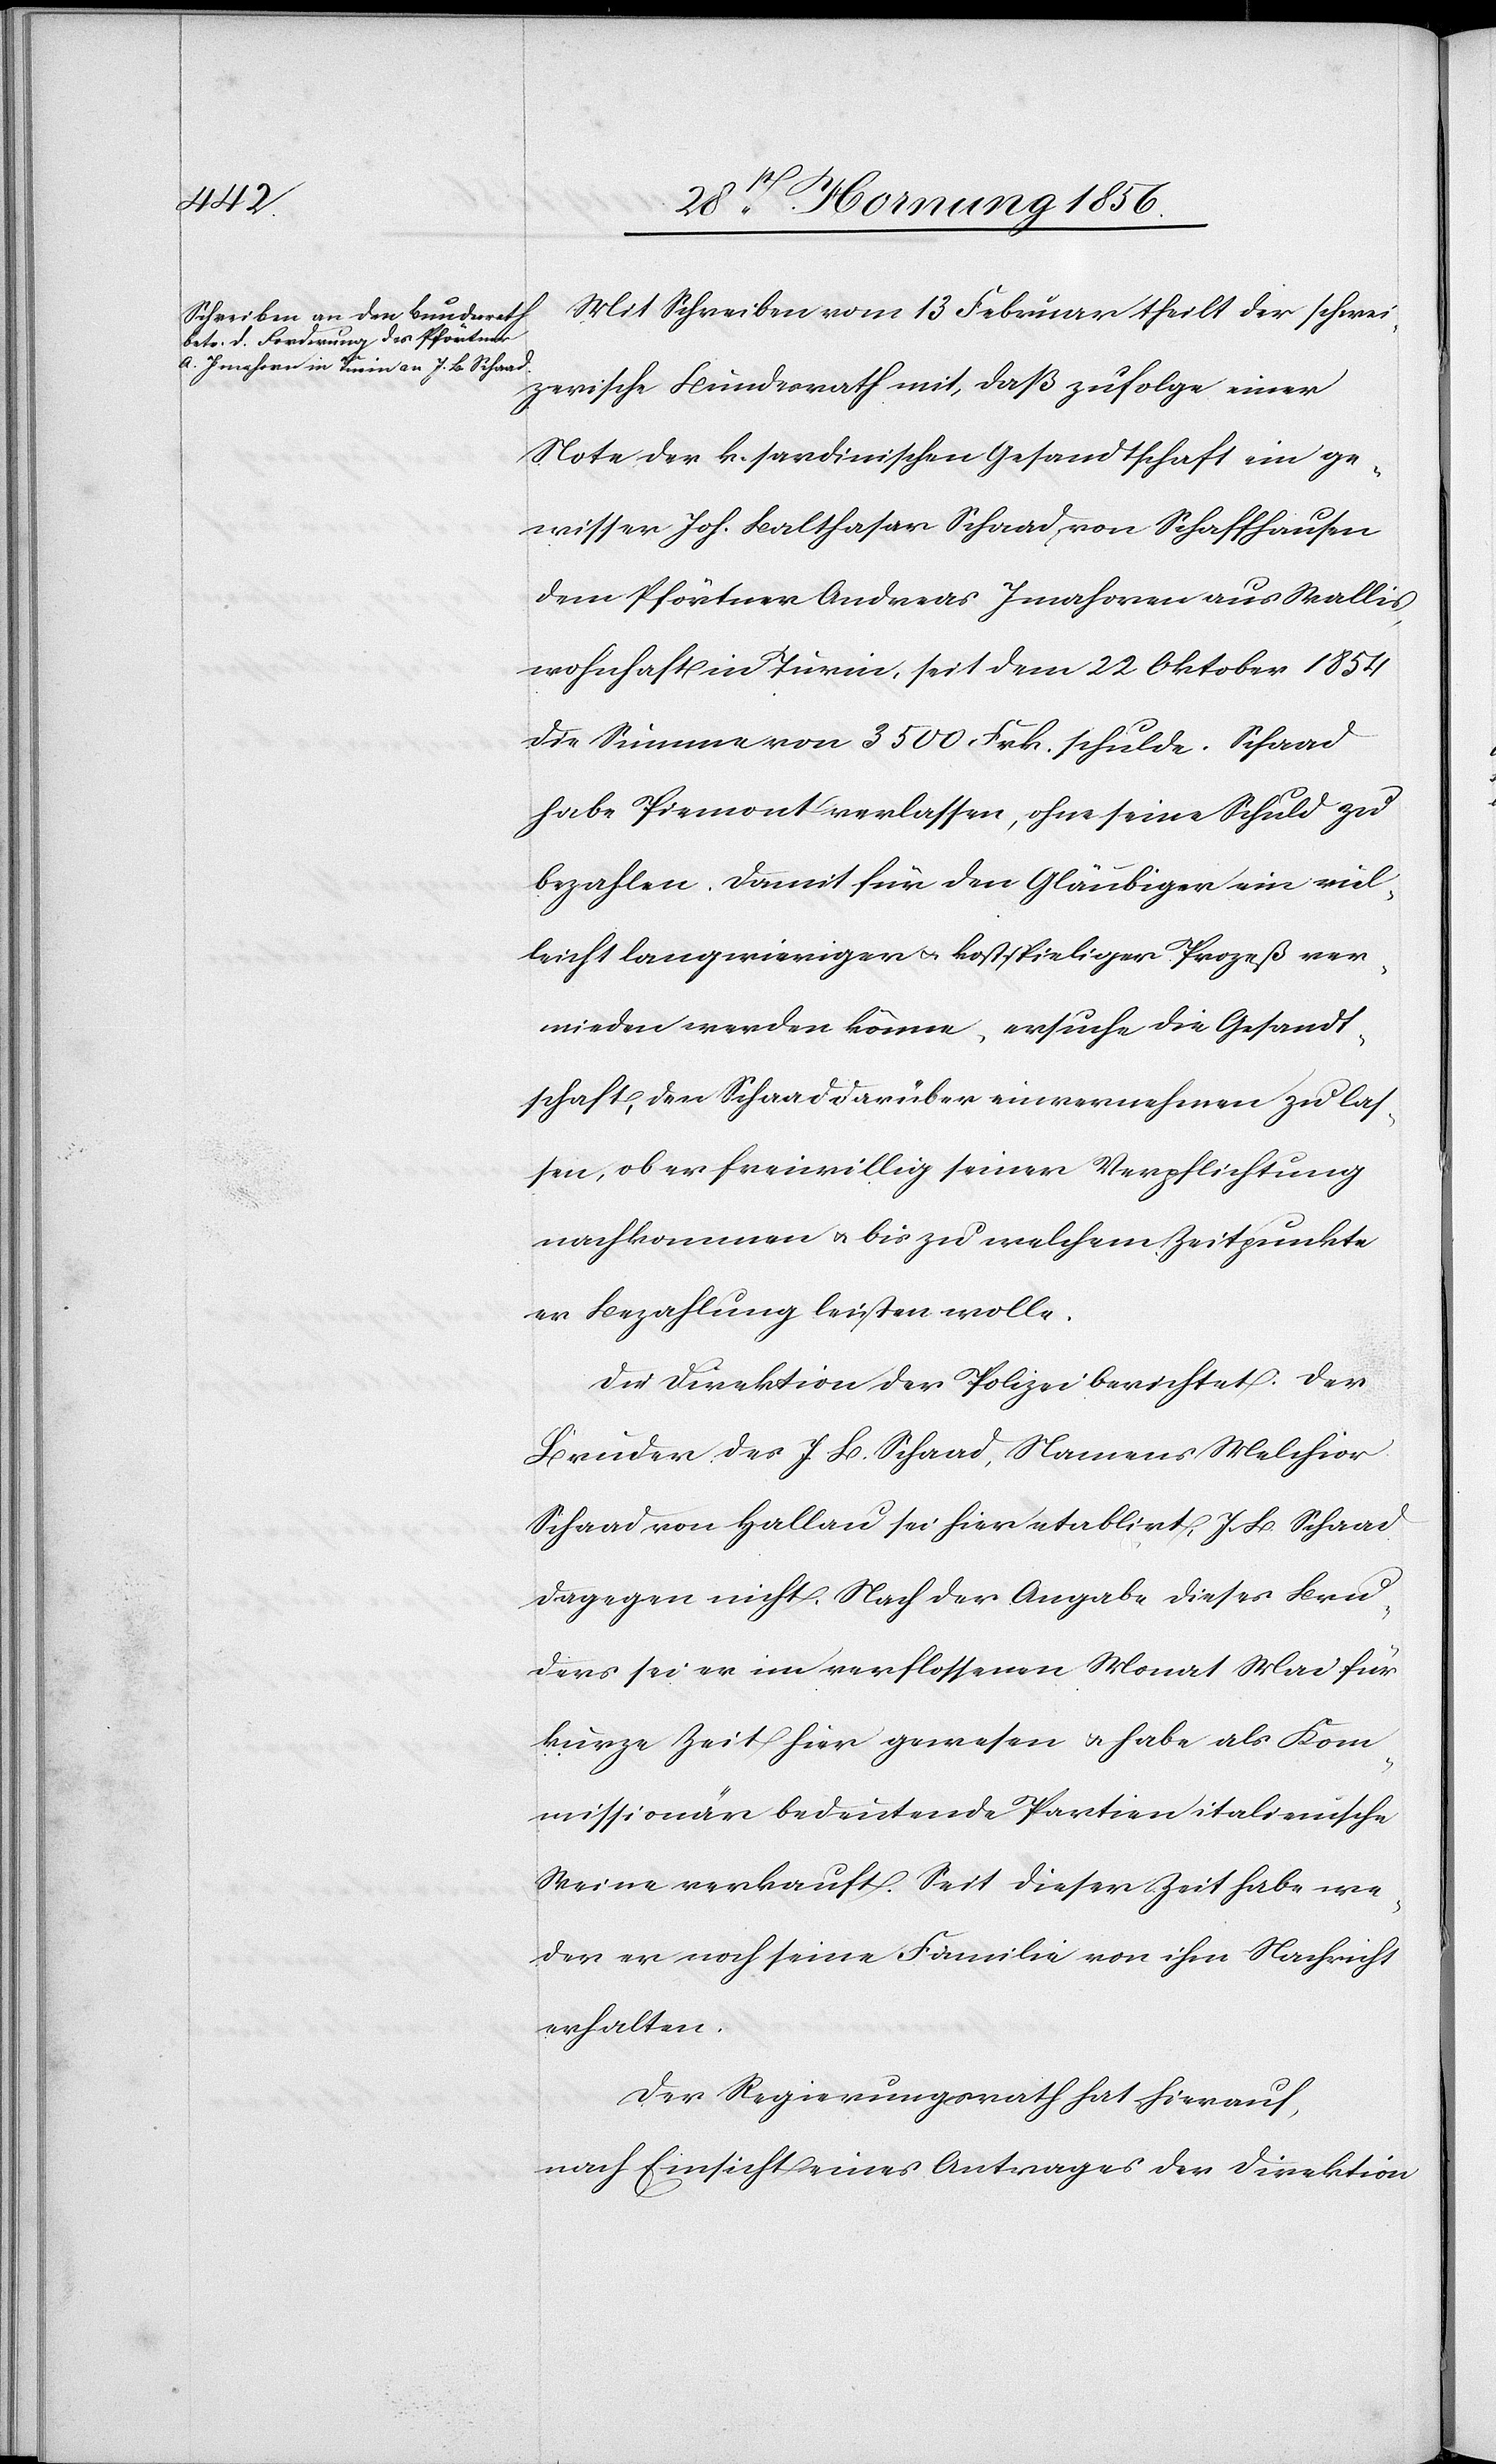
Mit Schreiben vom 13 Februar theilt der schwei¬
zerische Bundesrath mit, daß zufolge einer
Note der k. sardinischen Gesandtschaft ein ge¬
wisser Joh. Balthasar Schaad von Schaffhausen
dem Pförtner Andreas Imahoven [sic!] aus Wallis,
wohnhaft in Turin, seit dem 22 Oktober 1854
die Summe von 3500 Frk. schulde. Schaad
habe Piemont verlassen, ohne seine Schuld zu
bezahlen. Damit für den Gläubiger ein viel¬
leicht langwieriger u. kostspieliger Prozeß ver¬
mieden werden könne, ersuche die Gesandt¬
schaft, den Schaad darüber einvernehmen zu las¬
sen, ob er freiwillig seiner Verpflichtung
nachkommen u. bis zu welchem Zeitpunkte
er Bezahlung leisten wolle.
Die Direktion der Polizei berichtet: Der
Bruder des J. B. Schaad, Namens Melchior
Schaad von Hallau sei hier etablirt, J. B. Schaad
dagegen nicht. Nach der Angabe dieses Bru¬
ders sei er im verflossenen Monat Mai für
kurze Zeit hier gewesen u. habe als Kom¬
missionär bedeutende Partien italienische
Weine verkauft. Seit dieser Zeit habe we¬
der er noch seine Familie von ihm Nachricht
erhalten.
Der Regierungsrath hat hierauf,
nach Einsicht eines Antrages der Direktion